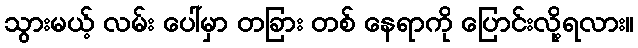
သွားမယ့် လမ်း ပေါ်မှာ တခြား တစ် နေရာကို ပြောင်းလို့ရလား။